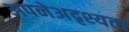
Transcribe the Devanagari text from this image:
अपनेअदृश्यता